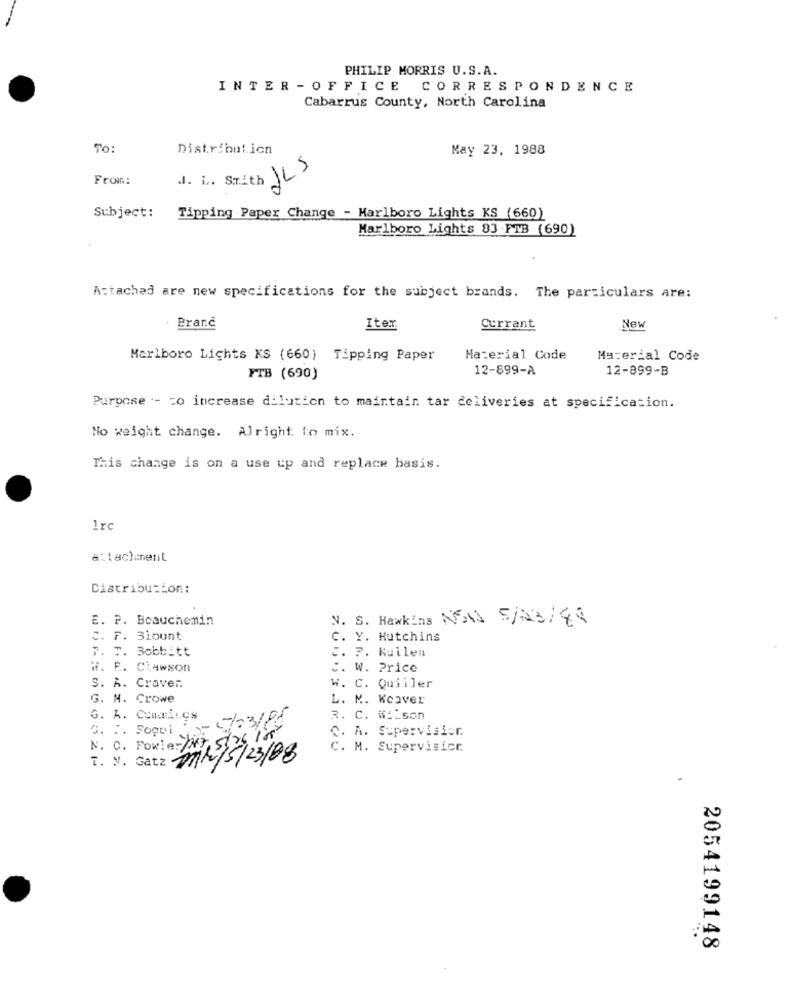
PHILIP MORRIS U.S.A.
INTER - OFFICE CORRESPONDENCE
Cabarrus County, North Carolina
TO :
Distribution
May 23, 1988
From:
J. i. Smith ILS
Subject:
Tipping Paper Change - Marlboro Lights KS (660)
Marlboro Lights 83 .FTB (690)
Attached are new specifications for the subject brands. The particulars are:
Branc
Iter
Current
New
Marlboro Lights KS (660) Tipping Paper
Material Code
Material Code
12-899-A
12-899-B
FTB (690)
Purpose .- co increase dilution to maintain. tar deliveries at specification.
No weight change. Alright to mix.
This change is on a use up and replace basis.
1rc
a: laclinent
Distribution:
E. P. Boauchemin
V. S. Hawkins NEW 5/03/88
C. F. Blount
C. Y. Hutchins
7. T. Bobbitt
C. 7. Kuilen
W. E. Clawson
C. W. Price
S. A. Craver
w. C. Quiiler
G. N. Crowe
L. M. Kcaver
G. A. Cummings
3. .. Sogol - 5/23/15
R. C. Wilson
C. A. Supervision
N. C. Fowler
C. M. Supervisicr
T. V. Gatz
mit 3/23/88
2054199148